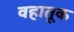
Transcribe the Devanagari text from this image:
वहातूक